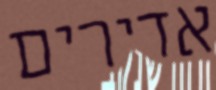
אדירים